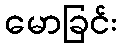
မောခြင်း